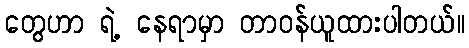
တွေဟာ ရဲ့ နေရာမှာ တာဝန်ယူထားပါတယ်။